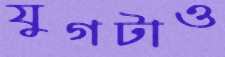
যুগটাও